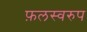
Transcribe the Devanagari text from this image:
फ़लस्वरुप